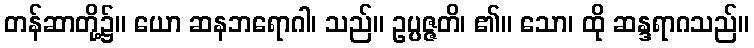
တန်ဆာတို့၌။ ယော ဆနဘရောဂါ၊ သည်။ ဥပ္ပဇ္ဇတိ၊ ၏။ သော၊ ထို ဆန္ဒရာဂသည်။